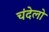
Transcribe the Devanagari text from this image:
चंदेलो